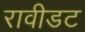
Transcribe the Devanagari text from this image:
रावीडट